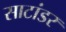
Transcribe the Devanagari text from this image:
साटांडर